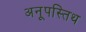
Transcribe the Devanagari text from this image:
अनूपस्तिथ